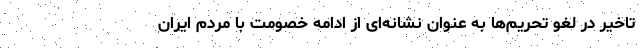
تاخیر در لغو تحریم‌ها به عنوان نشانه‌ای از ادامه خصومت با مردم ایران